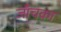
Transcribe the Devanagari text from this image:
जाँचका